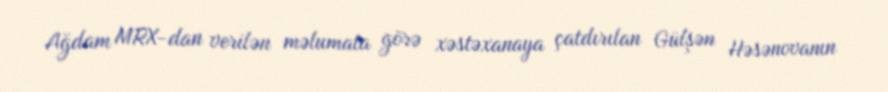
Ağdam MRX-dan verilən məlumata görə xəstəxanaya çatdırılan Gülşən Həsənovanın